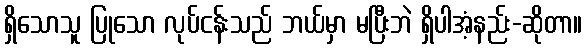
ရှိသောသူ ပြုသော လုပ်ငန်းသည် ဘယ်မှာ မပြီးဘဲ ရှိပါအံ့နည်း-ဆိုတာ။